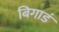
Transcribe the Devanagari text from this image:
बिगाडं